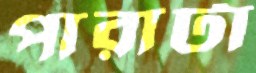
পারাটা